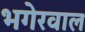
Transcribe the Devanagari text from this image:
भगेरवाल